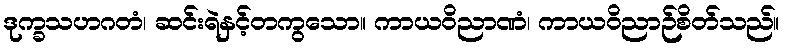
ဒုက္ခသဟဂတံ၊ ဆင်းရဲနှင့်တကွသော။ ကာယဝိညာဏံ၊ ကာယဝိညာဉ်စိတ်သည်။